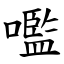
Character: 嚂